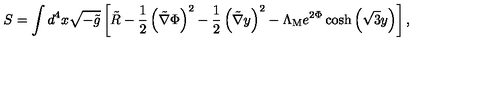
S = \int d ^ { 4 } x \sqrt { - \tilde { g } } \left[ \tilde { R } - \frac { 1 } { 2 } \left( \tilde { \nabla } \Phi \right) ^ { 2 } - \frac { 1 } { 2 } \left( \tilde { \nabla } y \right) ^ { 2 } - \Lambda _ { \mathrm { M } } e ^ { 2 \Phi } \cosh \left( \sqrt { 3 } y \right) \right] ,